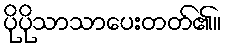
ပိုပိုသာသာပေးတတ်၏။